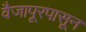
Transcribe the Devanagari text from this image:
वैजापूरपासून